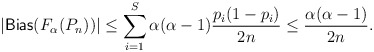
\begin{align*}|\mathsf{Bias}(F_{\alpha}(P_n))| \leq \sum_{i =1}^S \alpha (\alpha-1) \frac{p_i(1-p_i)}{2n} \leq \frac{\alpha (\alpha-1)}{2n}.\end{align*}